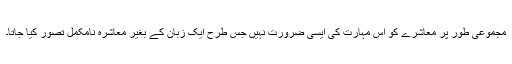
مجموعی طور پر معاشرے کو اس مہارت کی ایسی ضرورت نہیں جس طرح ایک زبان کے بغیر معاشرہ نامکمل تصور کیا جاتا۔